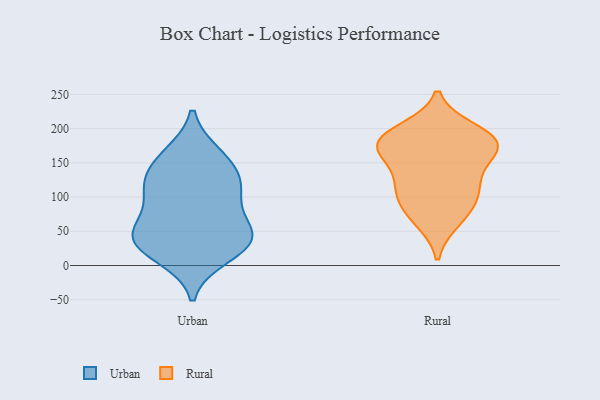
{"axis": {"x": "Bounce Rate (%)", "y": "Value"}, "legend": ["Rural", "Urban"], "data": [{"x": "", "y": 43, "type": "Urban"}, {"x": "", "y": 136, "type": "Urban"}, {"x": "", "y": 56, "type": "Urban"}, {"x": "", "y": 41, "type": "Urban"}, {"x": "", "y": 43, "type": "Urban"}, {"x": "", "y": 89, "type": "Urban"}, {"x": "", "y": 13, "type": "Urban"}, {"x": "", "y": 23, "type": "Urban"}, {"x": "", "y": 106, "type": "Urban"}, {"x": "", "y": 159, "type": "Urban"}, {"x": "", "y": 116, "type": "Urban"}, {"x": "", "y": 121, "type": "Urban"}, {"x": "", "y": 38, "type": "Urban"}, {"x": "", "y": 162, "type": "Urban"}, {"x": "", "y": 182, "type": "Rural"}, {"x": "", "y": 108, "type": "Rural"}, {"x": "", "y": 188, "type": "Rural"}, {"x": "", "y": 179, "type": "Rural"}, {"x": "", "y": 168, "type": "Rural"}, {"x": "", "y": 66, "type": "Rural"}, {"x": "", "y": 119, "type": "Rural"}, {"x": "", "y": 197, "type": "Rural"}, {"x": "", "y": 98, "type": "Rural"}, {"x": "", "y": 131, "type": "Rural"}, {"x": "", "y": 76, "type": "Rural"}, {"x": "", "y": 176, "type": "Rural"}, {"x": "", "y": 166, "type": "Rural"}]}